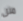
مثل